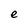
Character: e